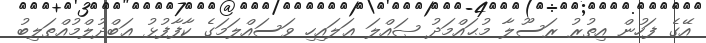
އޭގެ ފަހުން އިތުރު ރަސޫލާ މުޙައްމަދު ޞައްލަ ޢަލައިހި ވަސައްލަމަގެ ކާފާފުޅު ޢަބްދުލްމުއްޠަލިބު